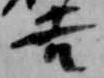
吉